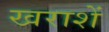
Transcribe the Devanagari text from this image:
खराशें